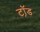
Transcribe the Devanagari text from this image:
टॉ़ड